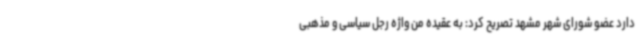
دارد عضو شورای شهر مشهد تصریح کرد: به عقیده من واژه رجل سیاسی و مذهبی